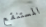
المستنقع